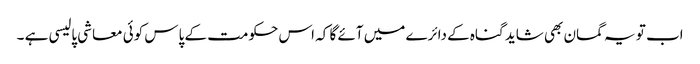
اب تو یہ گمان بھی شاید گناہ کے دائرے میں آئے گا کہ اس حکومت کے پاس کوئی معاشی پالیسی ہے ۔